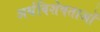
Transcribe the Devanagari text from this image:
अर्थविशेषताओं